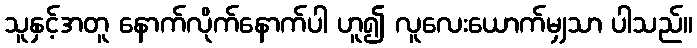
သူနှင့်အတူ နောက်လိုက်နောက်ပါ ဟူ၍ လူလေးယောက်မျှသာ ပါသည်။